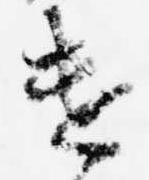
遣